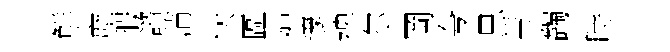
觧庬瑕諮蒲状區禅邃裨尔岡夸思芾蠲時